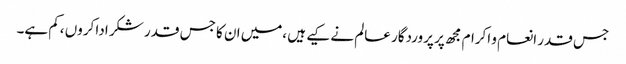
جس قدر انعام و اکرام مجھ پر پروردگار عالم نے کیے ہیں ،میں ان کا جس قدر شکر ادا کروں ،کم ہے۔